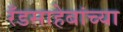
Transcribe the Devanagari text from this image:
रँडसाहेबांच्या